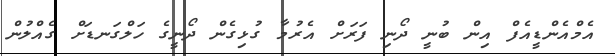
އެމްއެންޑީއެފް އިން ބުނީ ދޯނި ފަރަށް އެރުމާ ގުޅިގެން ދޯނީގެ ހަލްގަނޑަށް ގެއްލުން